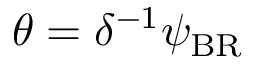
\theta = \delta ^ { - 1 } \psi _ { \mathrm { { B R } } }